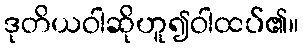
ဒုတိယဝါဆိုဟူ၍ဝါထပ်၏။